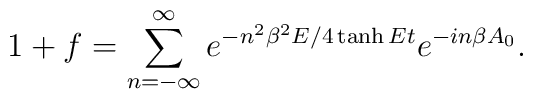
1+f=\sum^\infty_{n=-\infty}e^{-n^2\beta^2E/4\tanh Et}e^{-in\beta A_0}.